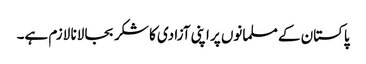
پاکستان کے مسلمانوں پر اپنی آزادی کا شکر بجا لانا لازم ہے۔